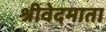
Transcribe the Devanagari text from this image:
श्रीवेदमाता